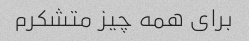
برای همه چیز متشکرم